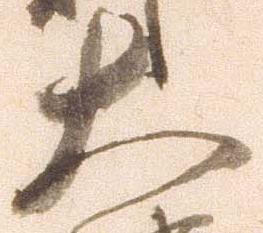
大